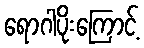
ရောဂါပိုးကြောင့်